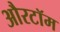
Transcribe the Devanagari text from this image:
औरटॉम